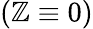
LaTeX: (\mathbb{Z}\equiv0)